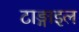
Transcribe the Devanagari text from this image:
टाङ्गाइल